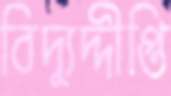
বিদ্যুদ্দীপ্তি